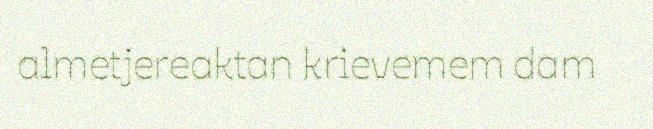
almetjereaktan krievemem dam